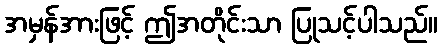
အမှန်အားဖြင့် ဤအတိုင်းသာ ပြုသင့်ပါသည်။